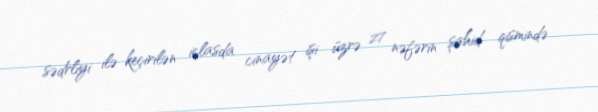
sədrliyi ilə keçirilən iclasda cinayət işi üzrə 27 nəfərin şahid qismində